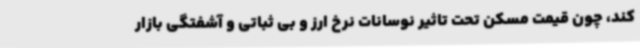
کند، چون قیمت مسکن تحت تاثیر نوسانات نرخ ارز و بی ثباتی و آشفتگی بازار